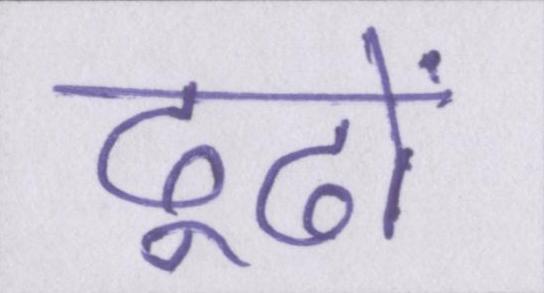
ढूढों